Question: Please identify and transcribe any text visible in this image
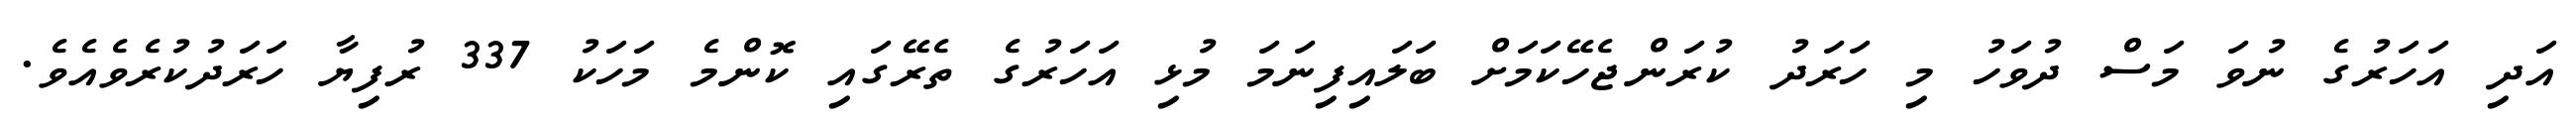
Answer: އަދި އަހަރުގެ ނުވަ މަސް ދުވަހު މި ހަރަދު ކުރަންޖެހޭކަމަށް ބަލައިފިނަމަ މުޅި އަހަރުގެ ތެރޭގައި ކޮންމެ މަހަކު 337 ރުފިޔާ ހަރަދުކުރެވެއެވެ.